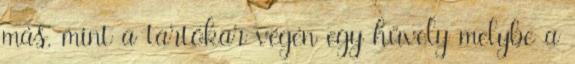
más, mint a tartókar végén egy hüvely melybe a